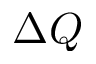
\Delta Q